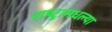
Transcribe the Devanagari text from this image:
राष्ट्रामधल्या